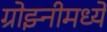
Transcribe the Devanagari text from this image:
ग्रोझ्नीमध्ये